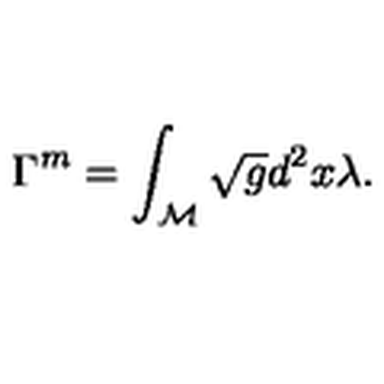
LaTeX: \Gamma ^ { \tiny { m } } = \int _ { \cal M } \sqrt { g } d ^ { 2 } x \lambda .